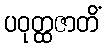
ပဝုတ္ထဇာတိံ